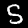
Digit: 5